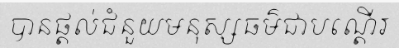
បានផ្តល់ជំនួយមនុស្សធម៌ជាបណ្តើរ